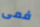
فمى